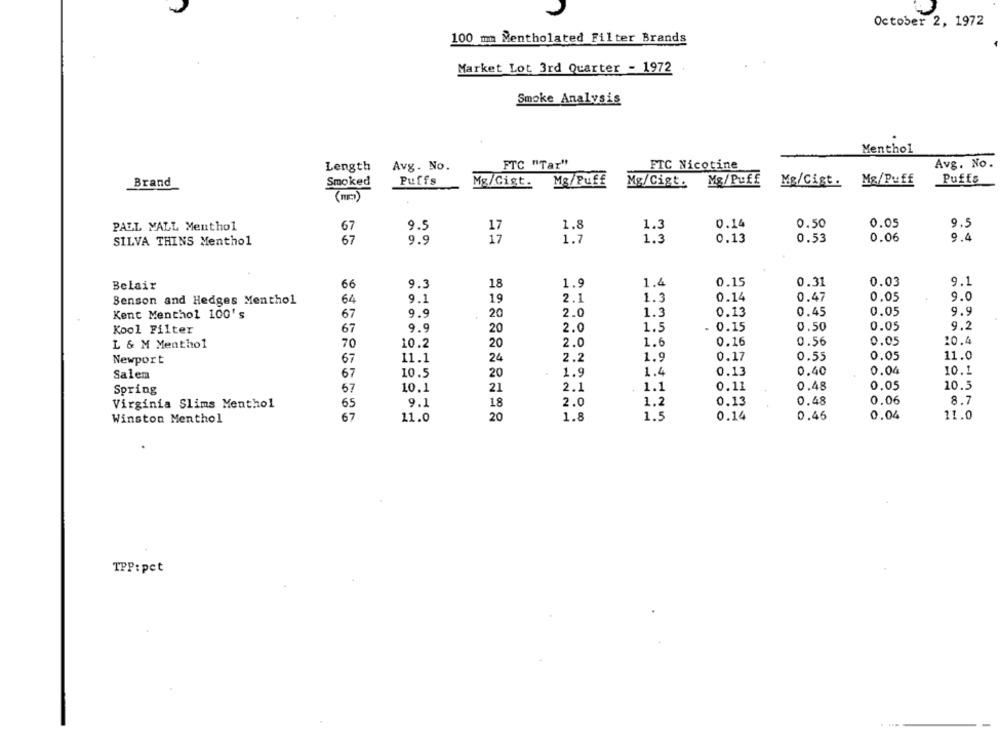
October 2, 1972
100 mm Mentholated Filter Brands
Market Lot 3rd Quarter - 1972
Smoke Analysis
Menthol
Avg. No.
FTC "Tar"
FIC Nicotine
Avg. No.
Length
Smoked
Puffs
Mg/Puff
Mg/Puff
Puffs
Brand
Mg/Cigt.
Mg/Cigt.
Mg/Cist.
Mg/Puff
67
1.8
0.14
0.50
.05
9.5
PALL MALL Menthol
9.5
1.3
67
9.9
1.7
1.3
0.13
0.53
0.06
9.4
SILVA THINS Menthol
Belair
66
9.3
18
1.9
1.4
0.15
0.31
0.03
9.1
Benson and Hedges Menthol
64
9.1
19
2.1
1.3
0.14
0.47
0.05
9.0
Kent Menthol 100's
67
9.9
20
2.0
1.3
0.13
0.45
0.05
9.9
Kool Filter
67
9.9
20
2.0
1.5
0.15
0.50
0.05
9.2
L & M Menthol
70
10.2
20
2.0
1.6
0.16
0.56
0.05
10.4
Newport
67
11.1
24
2.2
1.9
0.17
0.55
0.05
11.0
Salem
67
10.5
20
1.9
1.4
0.13
0.40
0.04
10.1
Spring
67
10.1
21
2.1
1.1
0.11
0.48
0.05
10.5
Virginia Slims Menthol
65
9.1
18
2.0
1.2
0.13
0.48
0.06
8.7
Winston Menthol
67
11.0
20
1.8
1.5
0.14
0.46
0.04
11.0
TPP: pet